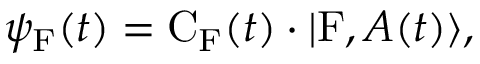
\psi _ { \mathrm { F } } ( t ) = \mathrm { C } _ { \mathrm { F } } ( t ) \cdot | \mathrm { F } , A ( t ) \rangle ,